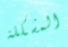
المشكلة